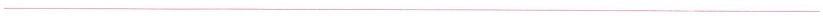
___